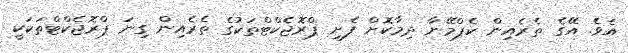
އެވެ. އޭގެ ތެރެއިން ކެޕްމޭނާ ދިމާކޮށް ފެށި ޕްރޮޖެކްޓްތަކުގެ ތެރެއިން ގިނަ ޕްރޮޖެކްޓްތަކަކީ